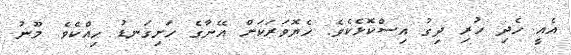
އެއީ ހެދި ހުރި ދިގު އިސްކޮޅެކެވެ. ހެޔޮވަރަކަށް އޭނާގެ ހަށިގަނޑު ހިއްކެވެ. މޫނު